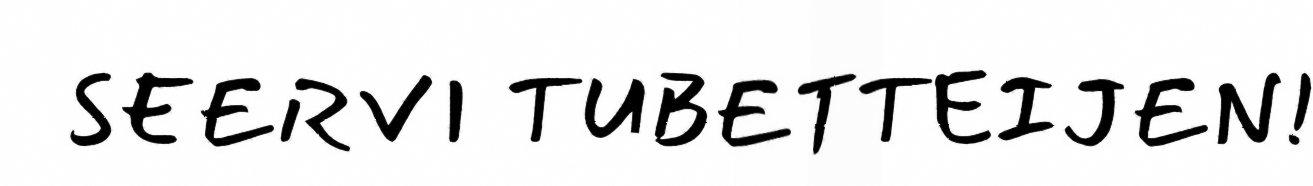
SEERVI TUBETTEIJEN!